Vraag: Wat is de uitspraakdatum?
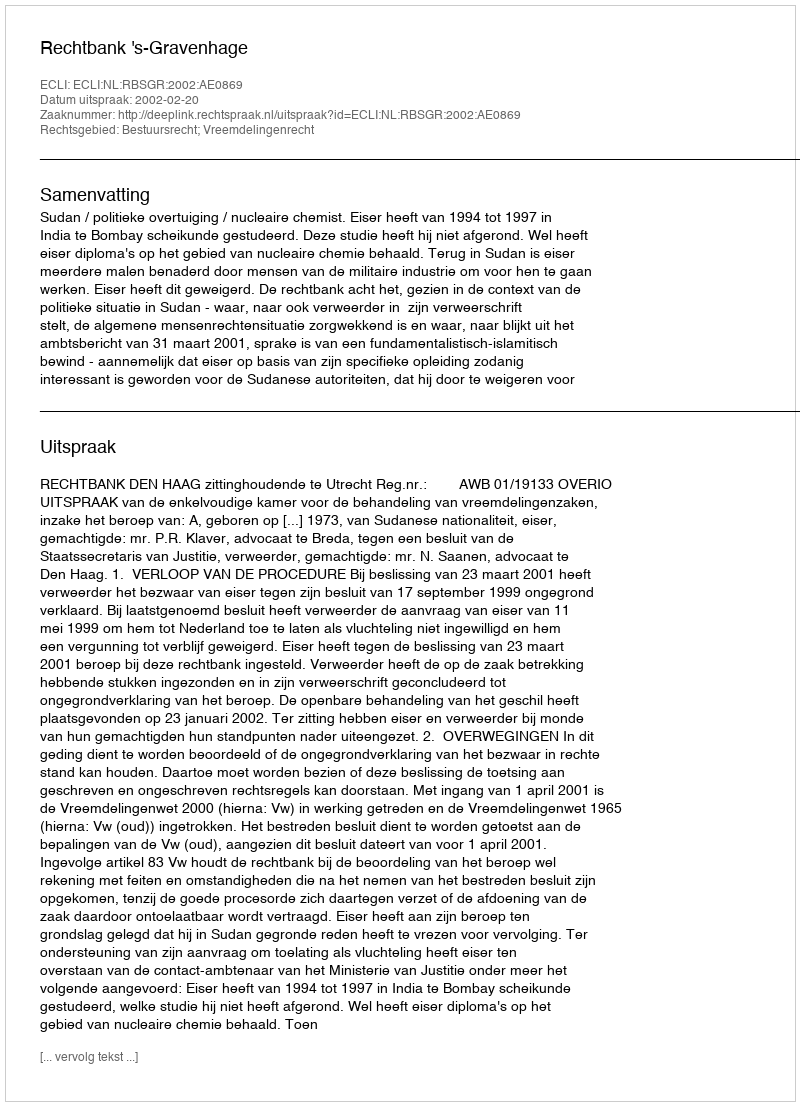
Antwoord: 2002-02-20